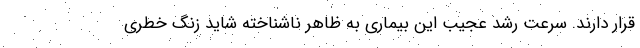
قرار دارند. سرعت رشد عجیب این بیماری به ظاهر ناشناخته شاید زنگ خطری